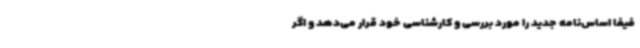
فیفا اساس‌نامه جدید را مورد بررسی و کارشناسی خود قرار می‌دهد و اگر